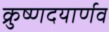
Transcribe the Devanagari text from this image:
क्रुष्णदयार्णव